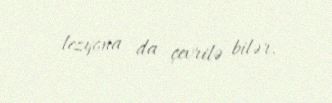
lezyona da çevrilə bilər.